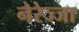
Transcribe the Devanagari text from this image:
नेरेज्जा